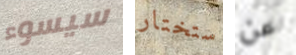
سيسوء ستختار عن